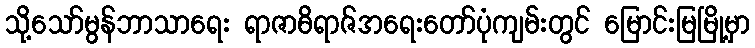
သို့သော်မွန်ဘာသာရေး ရာဇာဓိရာဇ်အရေးတော်ပုံကျမ်းတွင် မြောင်းမြမြို့မှာ